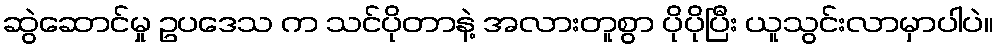
ဆွဲဆောင်မှု ဥပဒေသ က သင်ပိုတာနဲ့ အလားတူစွာ ပိုပိုပြီး ယူသွင်းလာမှာပါပဲ။